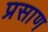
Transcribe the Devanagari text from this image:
प्रसाण